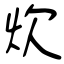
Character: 炊